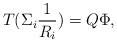
LaTeX: \begin{align*}T(\Sigma_{i} \frac{1}{R_{i}})=Q{\Phi},\end{align*}